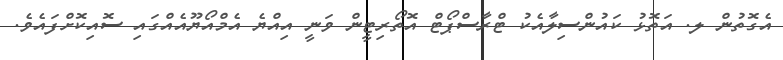
އެގޮތުން ލ. އަތޮޅު ކައުންސިލާއެކު ޓްރާސްޕޯޓް އޮތޯރިޓީން ވަނީ އިއްޔެ އެމްއޯޔޫއެއްގައި ސޮއިކޮށްފައެވެ.